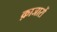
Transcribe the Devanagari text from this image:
क़ाजारों